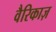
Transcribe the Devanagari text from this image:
वैरिकाज़